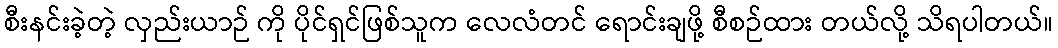
စီးနင်းခဲ့တဲ့ လှည်းယာဉ် ကို ပိုင်ရှင်ဖြစ်သူက လေလံတင် ရောင်းချဖို့ စီစဉ်ထား တယ်လို့ သိရပါတယ်။